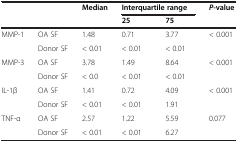
<table><thead><tr><td rowspan="2"></td><td rowspan="2"></td><td rowspan="2"><b>Median</b></td><td colspan="2"><b>Interquartile range</b></td><td rowspan="2"><b><i>P</i>-value</b></td></tr><tr><td><b>25</b></td><td><b>75</b></td></tr></thead><tbody><tr><td rowspan="2">MMP-1</td><td>OA SF</td><td>1.48</td><td>0.71</td><td>3.77</td><td rowspan="2">&lt; 0.001</td></tr><tr><td>Donor SF</td><td>&lt; 0.01</td><td>&lt; 0.01</td><td>&lt; 0.01</td></tr><tr><td rowspan="2">MMP-3</td><td>OA SF</td><td>3.78</td><td>1.49</td><td>8.64</td><td rowspan="2">&lt; 0.001</td></tr><tr><td>Donor SF</td><td>&lt; 0.0</td><td>&lt; 0.01</td><td>&lt; 0.01</td></tr><tr><td rowspan="2">IL-1β</td><td>OA SF</td><td>1.41</td><td>0.72</td><td>4.09</td><td rowspan="2">&lt; 0.001</td></tr><tr><td>Donor SF</td><td>&lt; 0.01</td><td>&lt; 0.01</td><td>1.91</td></tr><tr><td rowspan="2">TNF-α</td><td>OA SF</td><td>2.57</td><td>1.22</td><td>5.59</td><td rowspan="2">0.077</td></tr><tr><td>Donor SF</td><td>&lt; 0.01</td><td>&lt; 0.01</td><td>6.27</td></tr></tbody></table>